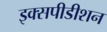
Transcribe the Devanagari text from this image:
इक्सपीडीशन